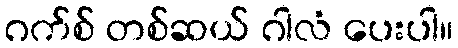
ဂက်စ် တစ်ဆယ် ဂါလံ ပေးပါ။